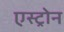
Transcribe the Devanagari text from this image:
एस्ट्रोन